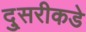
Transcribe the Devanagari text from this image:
दु्सरीकडे